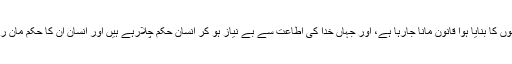
یہی وجہ ہے کہ جہاں خدا کے بجائے انسانوں کا بنایا ہوا قانون مانا جارہا ہے، اور جہاں خدا کی اطاعت سے بے نیاز ہو کر انسان حکم چلارہے ہیں اور انسان ان کا حکم مان رہے ہیں، وہاں کسی جگہ بھی امن نہیں ہے۔